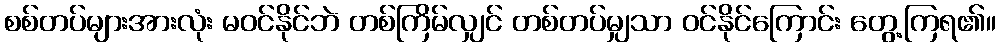
စစ်တပ်များအားလုံး မဝင်နိုင်ဘဲ တစ်ကြိမ်လျှင် တစ်တပ်မျှသာ ဝင်နိုင်ကြောင်း တွေ့ကြရ၏။